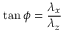
\tan \phi = \frac { \lambda _ { x } } { \lambda _ { z } }